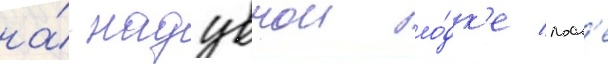
на́ надувнои ло́дк'е посл'е